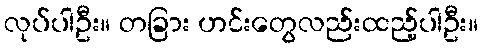
လုပ်ပါဦး။ တခြား ဟင်းတွေလည်းထည့်ပါဦး။